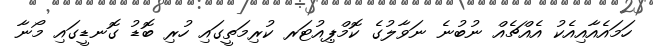
ހަމައެއާއިއެކު އެއްޗެއް ނުބުނެ ނަވާލުގެ ކޮމްޕިއުޓަރ ކުރިމަތީގައި ހުރި ބޮޑު ގޮނޑީގައި މޯނާ